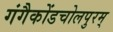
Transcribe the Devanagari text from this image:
गंगैकोंडचोलपुरम्